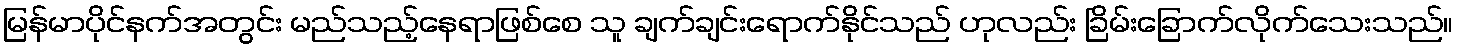
မြန်မာပိုင်နက်အတွင်း မည်သည့်နေရာဖြစ်စေ သူ ချက်ချင်းရောက်နိုင်သည် ဟုလည်း ခြိမ်းခြောက်လိုက်သေးသည်။